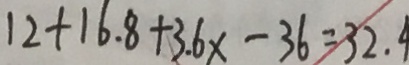
1 2 + 1 6 . 8 + 3 . 6 x - 3 6 = 3 2 . 4